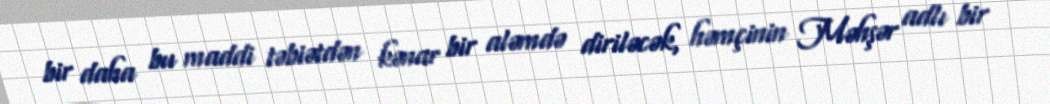
bir daha bu maddi təbiətdən kənar bir aləmdə diriləcək, həmçinin Məhşər adlı bir